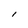
Character: l